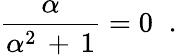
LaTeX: \frac{\alpha}{\alpha^{2}\, +\, 1}=0\; \; .